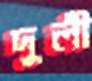
দুলী